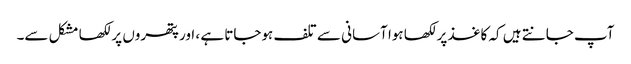
آپ جانتے ہیں کہ کاغذ پر لکھا ہوا آسانی سے تلف ہوجاتا ہے ، اور پتھروں پر لکھا مشکل سے۔